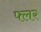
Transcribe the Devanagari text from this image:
फ्लर